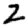
Digit: 2